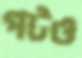
পটও